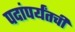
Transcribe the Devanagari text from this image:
पदांपर्यंतची